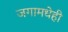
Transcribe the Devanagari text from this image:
जगामधेही